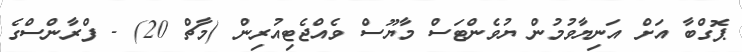
ޕޮގްބާ އަށް އަނިޔާވުމުން ޔުވެންޓަސް މާޔޫސް ވެއްޖެޓިއުރިން (މާޗް 20) - ފްރާންސްގެ